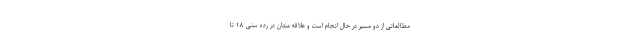
مطالعاتی از دو مسیر در حال انجام است و علاقه مندان در رده سنی ۱۸ تا